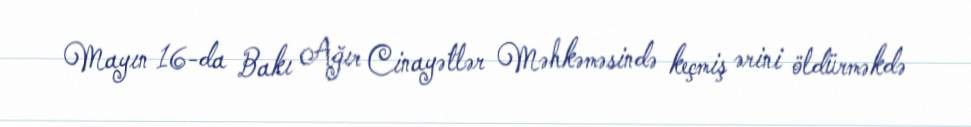
Mayın 16-da Bakı Ağır Cinayətlər Məhkəməsində keçmiş ərini öldürməkdə